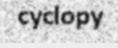
cyclopy